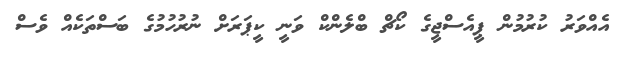
އެއްވަރު ކުރުމުން ޕީއެސްޖީގެ ކޯޗް ބްލެންކް ވަނީ ކީޕަރަށް ނުރުހުމުގެ ބަސްތަކެއް ވެސް